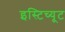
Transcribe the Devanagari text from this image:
इस्‍टिच्‍यूट